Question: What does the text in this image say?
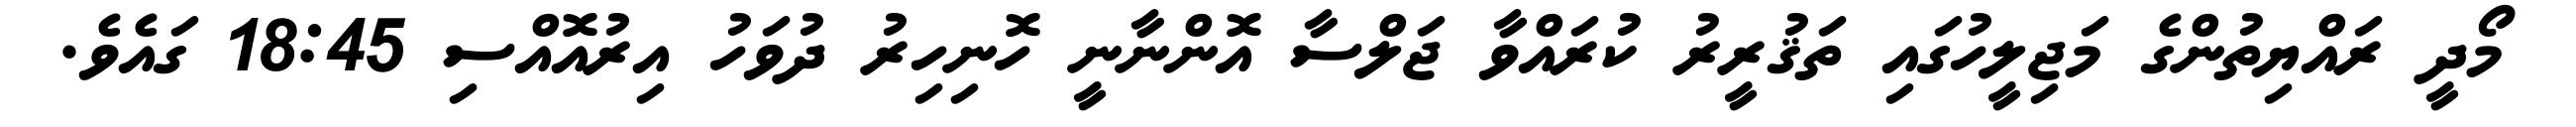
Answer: މޯދީ ރައްޔިތުންގެ މަޖިލީހުގައި ތަޤުރީރު ކުރައްވާ ޖަލްސާ އޮންނާނީ ހޮނިހިރު ދުވަހު އިރުއޮއްސި 18:45 ގައެވެ.